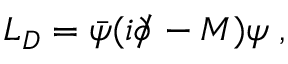
{ \cal L } _ { D } = \bar { \psi } ( i \partial \! \! \! / - M ) \psi \; ,